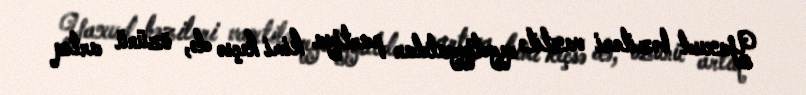
Yaxud bəziləri vaxtilə qeydiyyatdan partiya kimi keçsə də, özünü artıq